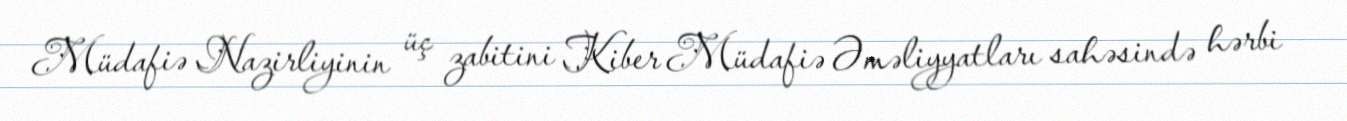
Müdafiə Nazirliyinin üç zabitini Kiber Müdafiə Əməliyyatları sahəsində hərbi